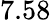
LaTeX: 7.58